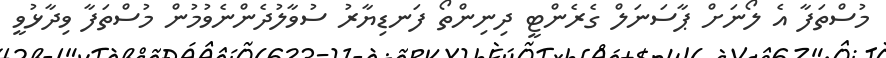
މުސްތަފާ އެ ލޯނަށް ޕާސަނަލް ގެރެންޓީ ދިނިންތޯ ފަނޑިޔާރު ސުވާލުދެންނެވުމުން މުސްތަފާ ވިދާޅުވީ